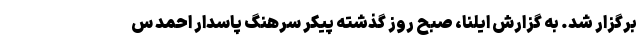
برگزار شد. به گزارش ایلنا، صبح روز گذشته پیکر سرهنگ پاسدار احمد س